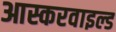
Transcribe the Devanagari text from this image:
आस्करवाइल्ड